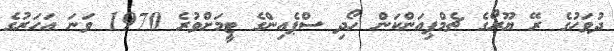
ދުވަހުގެ ރޭ ޔޫރޯގެ ޗެމްޕިއަންކަން ހޯދި ސްޕެއިންގެ ޓީމަށްވުރެ 1970 ވަނަ އަހަރުގެ